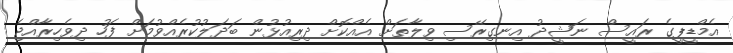
އެމްޑީޕީގެ ރައީސް ނަޝީދު އިނގިރޭސި ވިލާތަށް އެއްކޮށް ދިިރިއުޅުން ބަދަލުކުރެއްވުމަށް ފަހު ދިވެހިރާއްޖެ